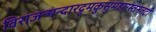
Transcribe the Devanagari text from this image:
विराजन्मन्दारद्रुमकुसुमहारस्तनतटी